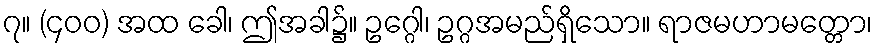
၇။ (၄၀၀) အထ ခေါ၊ ဤအခါ၌။ ဥဂ္ဂေါ၊ ဥဂ္ဂအမည်ရှိသော။ ရာဇမဟာမတ္တော၊